system: You are a helpful assistant.
user:
Analyze the provided spectrum to determine if it is a **S-type Star**.

- **Key Indicators for S-type Star:**

    - **(Overall Spectrum Shape):** The first and most obvious characteristic is the overall continuum (the "baseline" shape). It is **extremely "red-sloping,"** meaning the flux (light intensity) is very low on the left side (blue, ~4000-4500 Å) and rises steeply and continuously toward the right side (red, ~7000 Å+).

    - **(Primary):** The spectrum is defined by the presence of strong, broad molecular absorption "valleys" (bands) from **Zirconium Oxide (ZrO)**. The identification of these bands is the **primary requirement** for classifying a star as S-type.
        - **(Key Bandheads):** You must find distinct, deep "dips" where the light has been absorbed. The most critical band systems to locate are:
            - **~6474 Å** ($\gamma$-system): This is often the strongest and clearest ZrO feature, found in the red part of the spectrum.
            - **~5718 Å** & **~5551 Å** ($\beta$-system): A pair of prominent absorption features in the yellow-orange part of the spectrum.
            - **~4640 Å** ($\alpha$-system): A key absorption band system in the blue-green region of the spectrum.

    - **(Secondary Confirmation):** The classification is strengthened by finding additional absorption bands from other related heavy element oxides, which are expected to be present alongside ZrO.
        - **(Key Bandheads):**
            - **Yttrium Oxide (YO):** Look for absorption dips near **~4800 Å** and **~6100 Å**.
            - **Lanthanum Oxide (LaO):** Additional absorption features, particularly in the red-orange part of the spectrum, are also characteristic.

    - **(Line Profile):** The combination of the steep red continuum and these numerous, deep molecular bands (ZrO, YO, etc.) gives the entire spectrum a very **"chopped-up"** or **"bumpy"** appearance. Instead of a smooth curve, the spectrum looks as though large, wide chunks of light have been "carved out" of it at the specific wavelengths listed above.

Think first, call **spectral_visualization_tool** if needed to examine features in detail, then provide your final answer. Your response must adhere to the following strict rules:
1.  **Overall Structure:** Your response must follow the format `<think>...</think> <tool_call>...</tool_call> (if a tool is used) <answer>...</answer>`.
2.  **Tool Usage Constraint:** You may only make **one** tool call per turn.
3.  **Final Answer Format:** In the `<answer>` tag, your conclusion must be inside a `\boxed{}` command (e.g., `\boxed{YES}` or `\boxed{NO}`), followed by your justification.

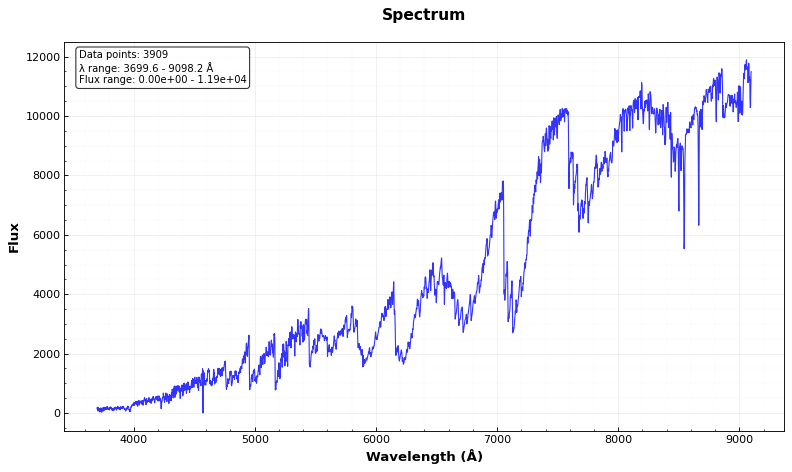
Answer: YES